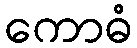
ကောဓံ